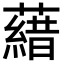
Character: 𮒖